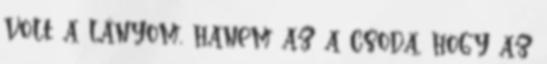
volt a lányom, hanem az a csoda, hogy az